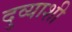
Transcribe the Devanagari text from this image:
दुव्याशी